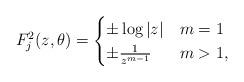
LaTeX: \begin{align*}F_j^2(z, \theta) = \begin{cases} \pm \log |z| & m = 1 \\ \pm \frac1{z^{m-1}} & m > 1 , \end{cases}\end{align*}